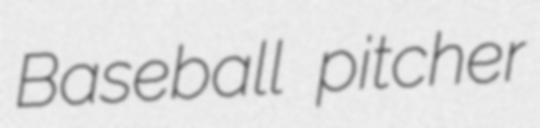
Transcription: Baseball pitcher